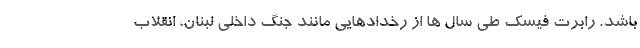
باشد. رابرت فیسک طی سال ها از رخدادهایی مانند جنگ داخلی لبنان، انقلاب